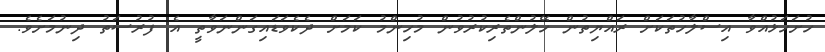
ހުށަހަޅުއްވާ އިސްލާހުތަކަށް ރައްޔިތުން ހޭލުންތެރިކުރުވުން މުހިންމު ކަމަށް ދެކެވަޑައިގަންނަވާތީ އެ ފުރުސަތު ދިނުމަށެވެ.